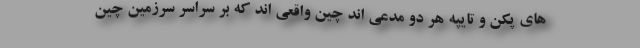
های پکن و تایپه هر دو مدعی اند چین واقعی اند که بر سراسر سرزمین چین